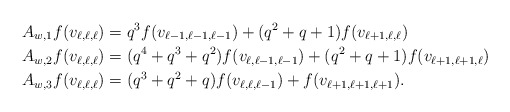
\begin{align*}&A_{w,1}f(v_{\ell,\ell,\ell})=q^3f(v_{\ell-1,\ell-1,\ell-1})+(q^2+q+1)f(v_{\ell+1,\ell,\ell})\\&A_{w,2}f(v_{\ell,\ell,\ell})=(q^4+q^3+q^2)f(v_{\ell,\ell-1,\ell-1})+(q^2+q+1)f(v_{\ell+1,\ell+1,\ell})\\&A_{w,3}f(v_{\ell,\ell,\ell})=(q^3+q^2+q)f(v_{\ell,\ell,\ell-1})+f(v_{\ell+1,\ell+1,\ell+1}).\end{align*}